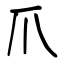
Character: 爪